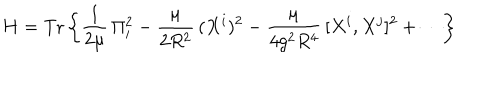
H = \mathrm { T r } \left\{ \frac { 1 } { 2 \mu } \, \Pi _ { i } ^ { 2 } - \frac { \mu } { 2 R ^ { 2 } } \, ( X ^ { i } ) ^ { 2 } - \frac { \mu } { 4 g ^ { 2 } R ^ { 4 } } \, [ X ^ { i } , X ^ { j } ] ^ { 2 } + \cdots \right\}